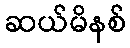
ဆယ်မိနစ်